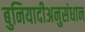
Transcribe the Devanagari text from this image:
बुनियादीअनुसंधान